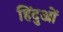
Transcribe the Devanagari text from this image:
हिंदुआें